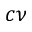
c \nu